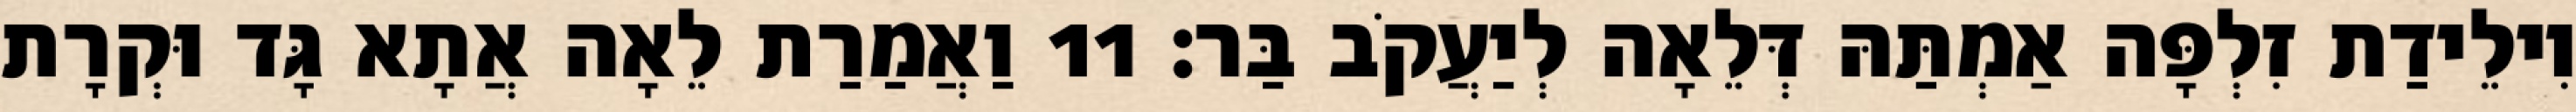
וִילֵידַת זִלְפָּה אַמְתַּהּ דְּלֵאָה לְיַעֲקֹב בַּר׃ 11 וַאֲמַרַת לֵאָה אֲתָא גָּד וּקְרָת